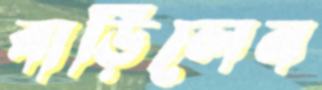
বাড়িলেন